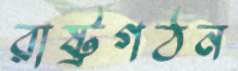
রাষ্ট্রগঠন